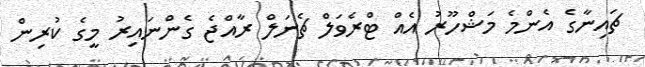
ޗައިނާގެ އެންމެ މަޝްހޫރު އެއް ޓްރެވަލް ޗެނަލް ރާއްޖެ ގެންނައިރު މީގެ ކުރިން